Lunatic asylums Punjab 1895-1910 - 1895-1910
Year: 1895
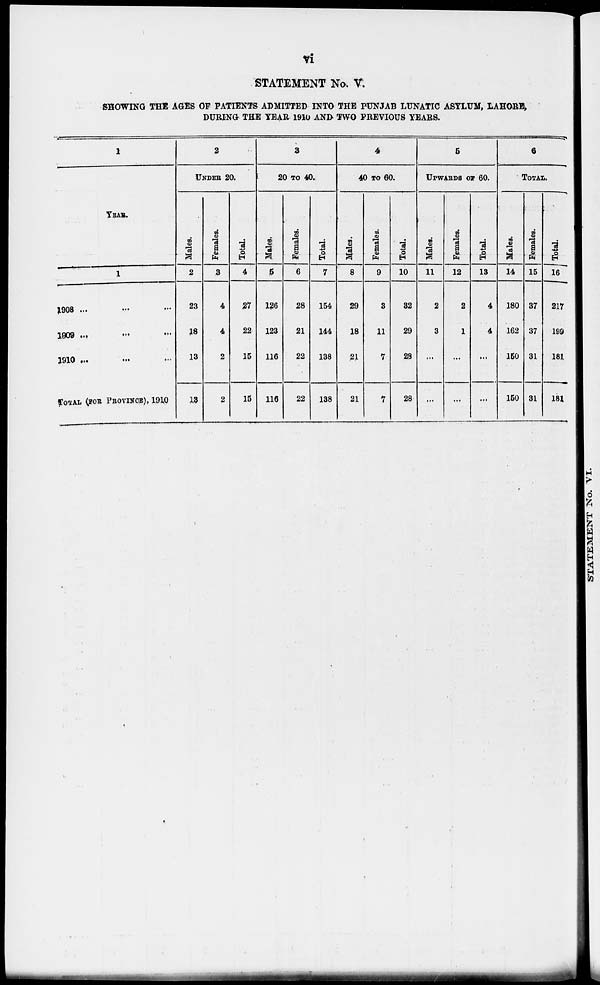
vi
STATEMENT No. V.
SHOWING THE AGES OF PATIENTS ADMITTED INTO THE PUNJAB LUNATIC ASYLUM, LAHORE,
DURING THE YEAR 1910 AND TWO PREVIOUS YEARS.
1
YEAR.
1
1908 ...
1909 ...
1910 ...
TOTAL (FOR PROVINCE), 1910
2
UNDER 20.
Males.
2
23
18
13
13
Females.
3
4
4
2
2
Total.
4
27
22
15
15
3
20 TO 40.
Males.
5
126
128
116
116
Females.
6
28
21
22
22
Total.
7
154
144
138
138
4
40 TO 60.
Males.
8
29
18
21
21
Females.
9
3
11
7
7
Total.
10
32
29
28
28
5
UPWARDS OF 60.
Males.
11
2
3
...
...
Females.
12
2
1
...
...
Total.
13
4
4
...
...
6
TOTAL.
Males.
14
180
162
150
150
Females.
15
37
37
31
31
Total.
16
217
199
181
181